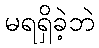
မရရှိခဲ့ဘဲ